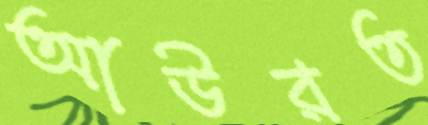
আউরত